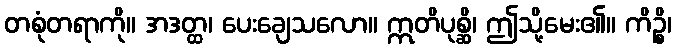
တစုံတရာကို။ အဒတ္ထ၊ ပေးချေသလော။ ဣတိပုစ္ဆိ၊ ဤသို့မေး၏။ ကိဉ္စိ၊